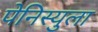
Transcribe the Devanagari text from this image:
पेनिस्युला